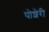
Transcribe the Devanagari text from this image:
पोशेरी